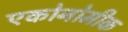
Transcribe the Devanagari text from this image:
एकोनोमीक